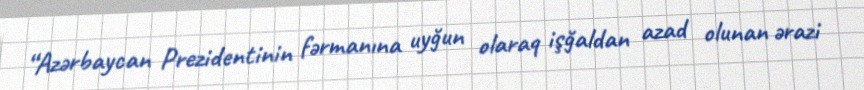
“Azərbaycan Prezidentinin fərmanına uyğun olaraq işğaldan azad olunan ərazi